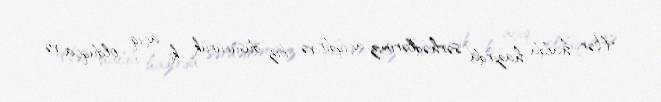
Hər halda hazırda sərhədlərimiz açıqdır və biz düşünürük ki, açıq olduqca və